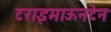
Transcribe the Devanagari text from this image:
टराइमाऊनटेन